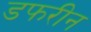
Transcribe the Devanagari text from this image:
डफरीन